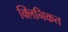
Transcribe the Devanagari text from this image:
क्लिनिकत